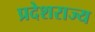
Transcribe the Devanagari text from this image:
प्रदेशराज्य